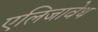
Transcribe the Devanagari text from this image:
एलिजावेथ